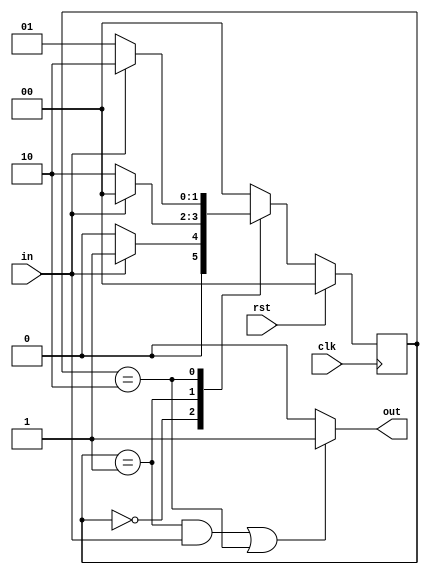
`timescale 1ns / 1ps
module remainder3(
    input in,
    output out,
    input clk,
    input rst
    );
    localparam [1:0] s0=0, s1=1, s2=2;
    reg [1:0] current;
    always @(posedge clk)
    begin
    if(rst)
        current<=s0;
    else
        case(current)
        s0: if(in==1'b1) current <= s1;
            else current<=s0;
        s1: if(in==1'b1) current <= s0;
            else current <=s2;
        s2: if(in==1'b1) current <=s2;
            else current<=s1;
        default: current <= s0;
        endcase
    end 
    assign out = ((current==s1 && in==1'b1)||(current==s2))? 1'b1 : 1'b0;
endmodule